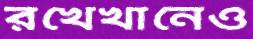
রখেখানেও